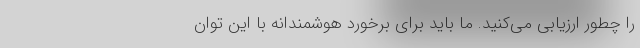
را چطور ارزیابی می‌کنید. ما باید برای برخورد هوشمندانه با این توان